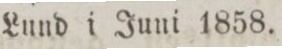
Lund i Juni 1858.